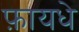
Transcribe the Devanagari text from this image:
फ़ायधे